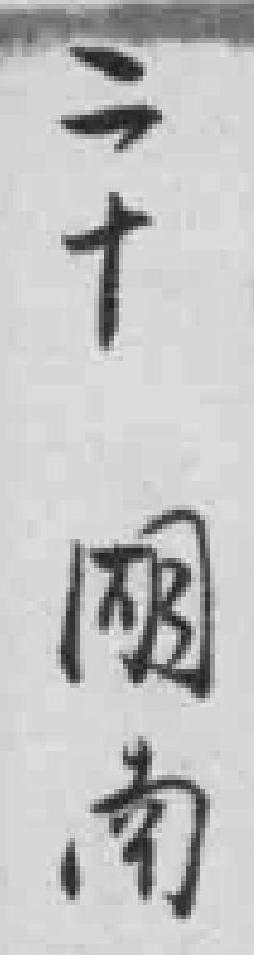
二十湖南